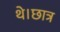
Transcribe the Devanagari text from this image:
थे।छात्र